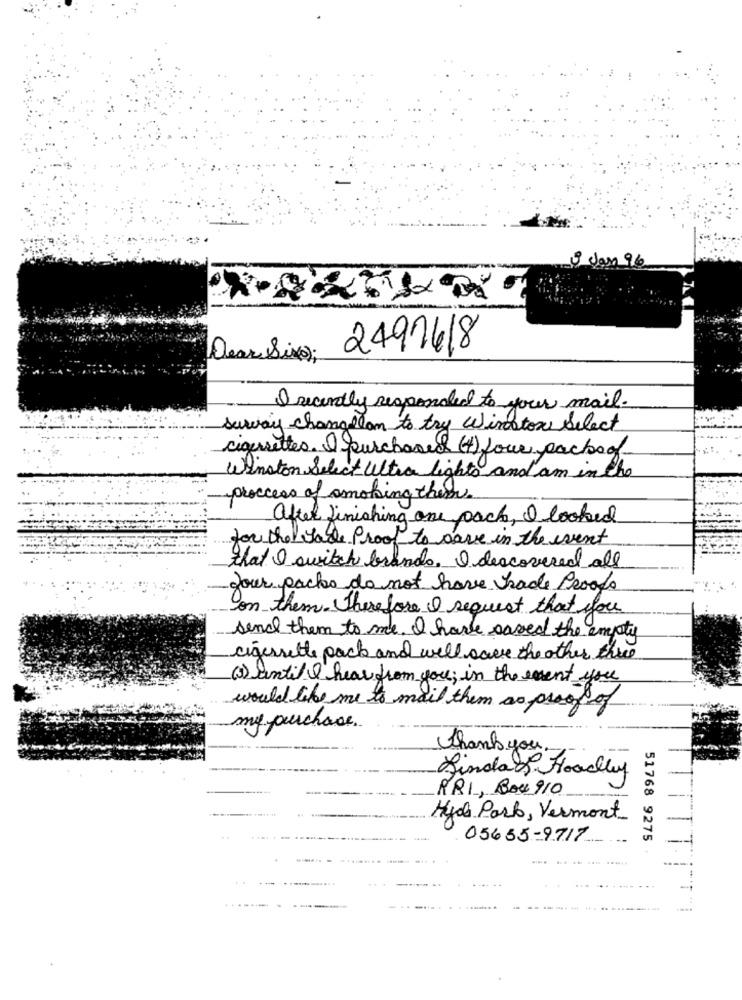
n 96
2491618
Dear Six);
I recently responded to your mail.
survay changeton to try Winston Select
cigensettes. I purchased (+) four pacto of
Winston Select Ultra lights and am in the
proccess of smoking them.
after finishing one pack, I looked
for the table Proof to save in the event
that I switch brands. I discovered all
your packs do not have hade Proofo
on them. Therefore I request that you
send them to me. I have saved the empty
cigessette pack and will save the other thre
(1) until I hear from you; in the event you
would like me to mail them as proof of
my purchase.
Thankyou
Linday Hoadley
RRI, Bou910
--
Hyde Park, Vermont
-
05655-9717
51768 9275
-